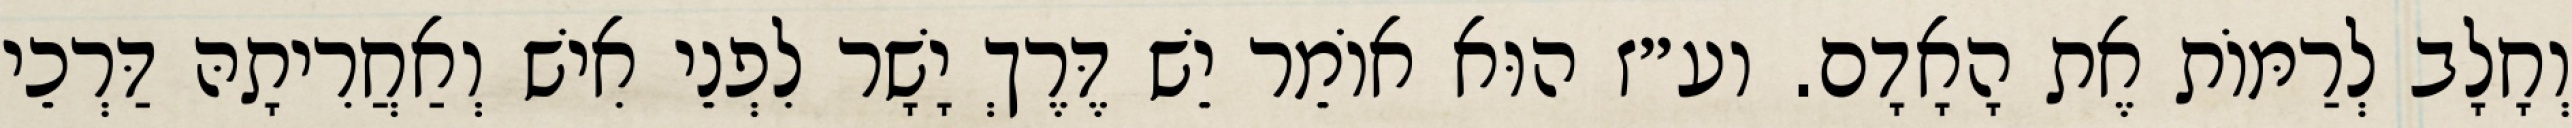
וְחָלָב לְרַמּוֹת אֶת הָאָדָם. וע״ז הוּא אוֹמֵר יֵשׁ דֶּרֶךְ יָשָׁר לִפְנֵי אִישׁ וְאַחֲרִיתָהּ דַּרְכֵי